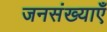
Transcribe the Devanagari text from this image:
जनसंख्याएँ